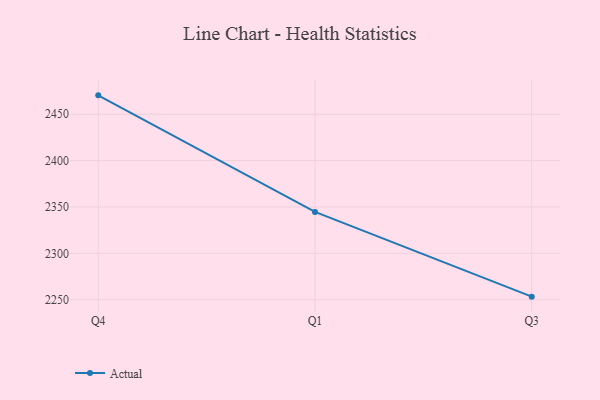
{"axis": {"x": "Quarter", "y": "Shipments"}, "legend": ["Actual"], "data": [{"x": "Q4", "y": 2470.4, "type": "Actual"}, {"x": "Q1", "y": 2344.7, "type": "Actual"}, {"x": "Q3", "y": 2253.3, "type": "Actual"}]}